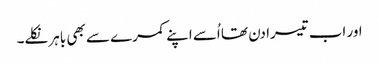
اور اب تیسرا دن تھا اُسے اپنے کمرے سے بھی باہر نکلے۔